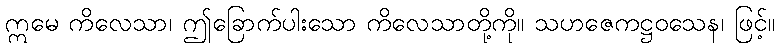
ဣမေ ကိလေသာ၊ ဤခြောက်ပါးသော ကိလေသာတို့ကို။ သဟဇေကဋ္ဌဝသေန၊ ဖြင့်။